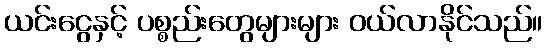
ယင်းငွေနှင့် ပစ္စည်းတွေများများ ဝယ်လာနိုင်သည်။